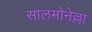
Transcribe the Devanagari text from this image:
सालमोनेल्ला